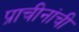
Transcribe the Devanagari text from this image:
प्राचीनांची